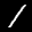
Label: 1